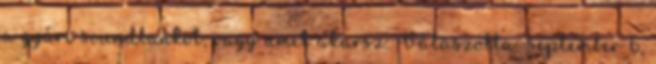
a gyári soundbankot, vagy amit akarsz: Válaszolta September 6,